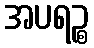
အပရဉ္စ